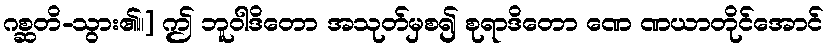
ဂစ္ဆတိ-သွား၏၊၊] ဤ ဘူဝါဒိတော အသုတ်မှစ၍ စုရာဒိတော ဏေ ဏယာတိုင်အောင်